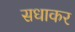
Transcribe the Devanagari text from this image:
सधाकर